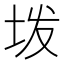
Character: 𫭨